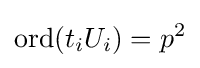
\mathrm {ord} (t_{i}U_{i})=p^{2}